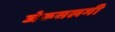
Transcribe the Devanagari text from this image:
जेरूसलमी